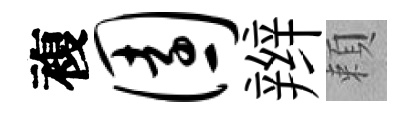
複园辫頼